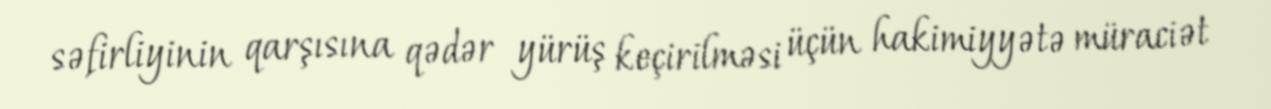
səfirliyinin qarşısına qədər yürüş keçirilməsi üçün hakimiyyətə müraciət